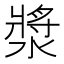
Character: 漿